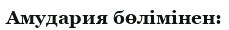
Амудария бөлімінен: